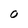
Character: O